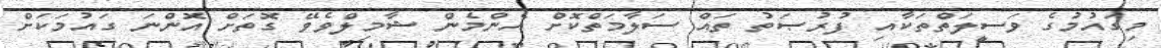
މިގައުމުގެ ވަސީލަތްތަކާއި ފުރުޞަތު ތައް ސަލާމަތްކޮށް އެންމެން ޝާމިލްވެވޭ ގޮތަށް އޮންނަ ގައުމަކަށް